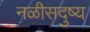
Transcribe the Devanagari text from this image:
नळीसदुष्य